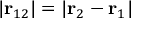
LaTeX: | \mathbf { r } _ { 1 2 } | = | \mathbf { r } _ { 2 } - \mathbf { r } _ { 1 } | \,